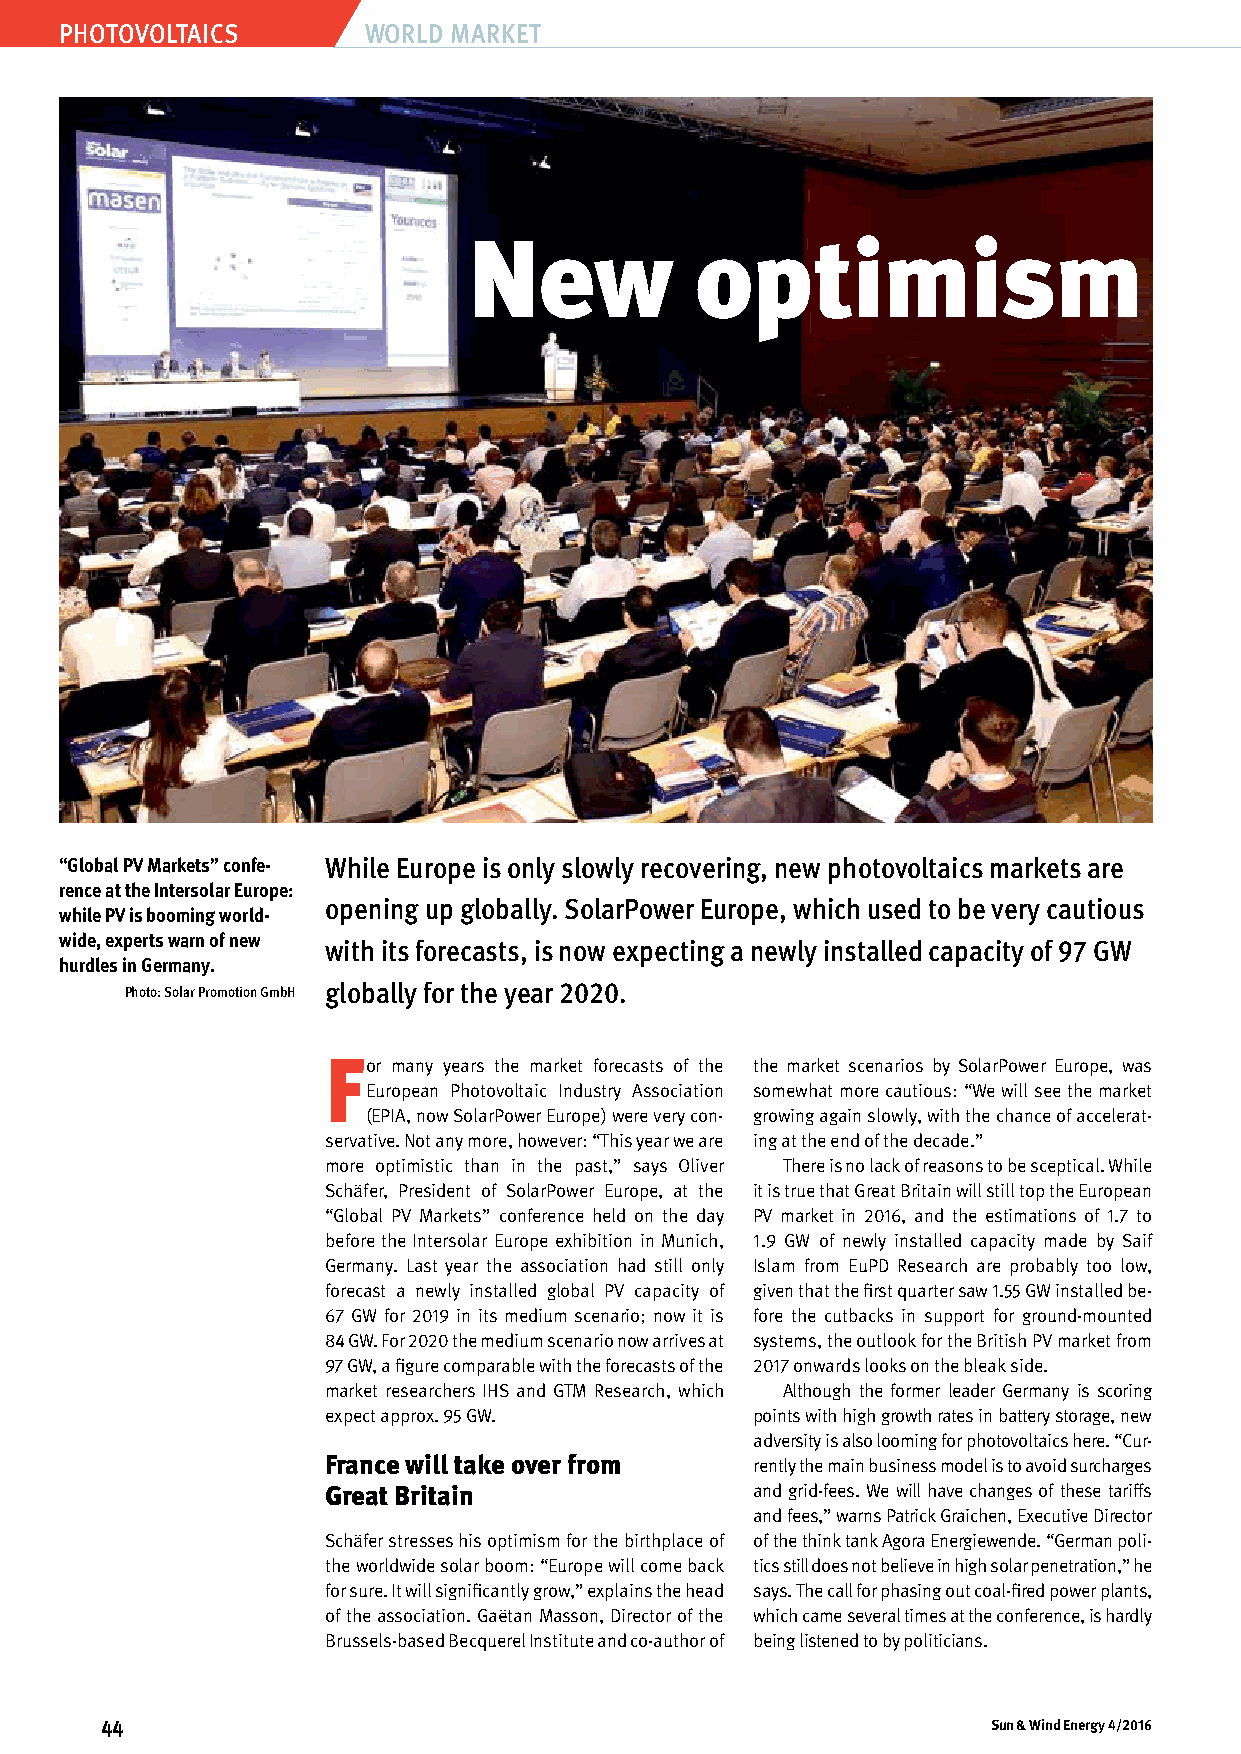
Photovoltaics       world market
 New            optimism
 “Global PV Markets” confe- While Europe is only slowly recovering, new photovoltaics markets are
 rence at the Intersolar Europe:
 opening up globally. SolarPower Europe, which used to be very cautious
 while PV is booming world-
 wide, experts warn of new
 with its forecasts, is now expecting a newly installed capacity of 97 GW
 hurdles in Germany.
 Photo: Solar Promotion GmbH globally for the year 2020.
 For many years the market forecasts of the the market scenarios by SolarPower Europe, was
 European Photovoltaic Industry Association somewhat more cautious: “We will see the market
 (EPIA, now SolarPower Europe) were very con- growing again slowly, with the chance of accelerat-
 servative. Not any more, however: “This year we are ing at the end of the decade.”
 more optimistic than in the past,” says Oliver There is no lack of reasons to be sceptical. While
 Schäfer, President of SolarPower Europe, at the it is true that Great Britain will still top the European
 “G lobal PV Markets” conference held on the day PV market in 2016, and the estimations of 1.7 to
 before the Intersolar Europe exhibition in Munich, 1.9 GW of newly installed capacity made by Saif
 Germany. Last year the association had still only Islam from EuPD Research are probably too low,
 forecast a newly installed global PV capacity of given that the first quarter saw 1.55 GW installed be-
 67 GW for 2019 in its medium scenario; now it is fore the cutbacks in support for ground-mounted
 84 GW. For 2020 the medium scenario now arrives at systems, the outlook for the British PV market from
 97 GW, a figure comparable with the forecasts of the 2017 onwards looks on the bleak side.
 market researchers IHS and GTM Research, which Although the former leader Germany is scoring
 expect approx. 95 GW.       points with high growth rates in battery storage, new
 adversity is also looming for photovoltaics here. “Cur-
 France will take over from  rently the main business model is to avoid surcharges
 Great Britain               and grid-fees. We will have changes of these tariffs
 and fees,” warns Patrick Graichen, Executive Director
 Schäfer stresses his optimism for the birthplace of of the think tank Agora Energiewende. “G erman poli-
 the worldwide solar boom: “Europe will come back tics still does not believe in high solar penetration,” he
 for sure. It will significantly grow,” explains the head says. The call for phasing out coal-fired power plants,
 of the association. Gaëtan Masson, Director of the which came several times at the conference, is hardly
 Brussels-based Becquerel Institute and co-author of being listened to by politicians.
 44                                                         Sun & Wind Energy 4/2016